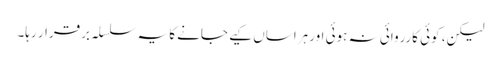
لیکن، کوئی کارروائی نہ ہوئی اور ہراساں کیے جانے کا یہ سلسلہ برقرار رہا۔